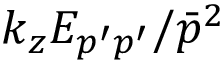
k _ { z } E _ { p ^ { \prime } p ^ { \prime } } / \bar { p } ^ { 2 }